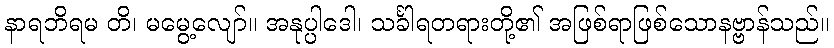
နာရဘိရမ တိ၊ မမွေ့လျော်။ အနုပ္ပါဒေါ၊ သင်္ခါရတရားတို့၏ အဖြစ်ရာဖြစ်သောနဗ္ဗာန်သည်။